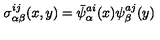
\sigma _ { \alpha \beta } ^ { i j } ( x , y ) = \bar { \psi } _ { \alpha } ^ { a i } ( x ) \psi _ { \beta } ^ { a j } ( y )